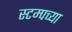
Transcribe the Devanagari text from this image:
स्टम्पच्या